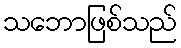
သဘောဖြစ်သည်